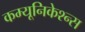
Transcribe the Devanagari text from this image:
कम्यूनिकेश्न्स